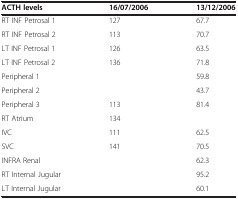
<table><thead><tr><td><b>ACTH levels</b></td><td><b>16/07/2006</b></td><td><b>13/12/2006</b></td></tr></thead><tbody><tr><td>RT INF Petrosal 1</td><td>127</td><td>67.7</td></tr><tr><td>RT INF Petrosal 2</td><td>113</td><td>70.7</td></tr><tr><td>LT INF Petrosal 1</td><td>126</td><td>63.5</td></tr><tr><td>LT INF Petrosal 2</td><td>136</td><td>71.8</td></tr><tr><td>Peripheral 1</td><td> </td><td>59.8</td></tr><tr><td>Peripheral 2</td><td> </td><td>43.7</td></tr><tr><td>Peripheral 3</td><td>113</td><td>81.4</td></tr><tr><td>RT Atrium</td><td>134</td><td> </td></tr><tr><td>IVC</td><td>111</td><td>62.5</td></tr><tr><td>SVC</td><td>141</td><td>70.5</td></tr><tr><td>INFRA Renal</td><td> </td><td>62.3</td></tr><tr><td>RT Internal Jugular</td><td> </td><td>95.2</td></tr><tr><td>LT Internal Jugular</td><td> </td><td>60.1</td></tr></tbody></table>